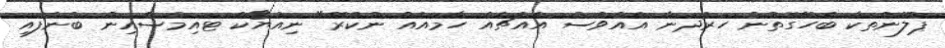
ޕްލޭންތަކާ ބެހޭގޮތުން ހަރުދަނާ އެއްވެސް އެއްޗެއް ހާމައެއް ނުކުރޭ" ނިއުޔޯކް ޓައިމްސްއިން ބުނެފައި